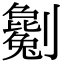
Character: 劖